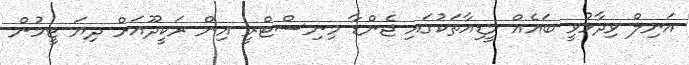
އަނިލް ވިދާޅުވީ ބައެއް މީޑިއާތަކުގައި ޖެންޑާ މިނިސްޓްރީ އިން ރަކީދޫއަށް ދިޔަ ޓީމުން